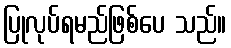
ပြုလုပ်ရမည်ဖြစ်ပေ သည်။